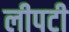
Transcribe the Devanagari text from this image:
लीपटी